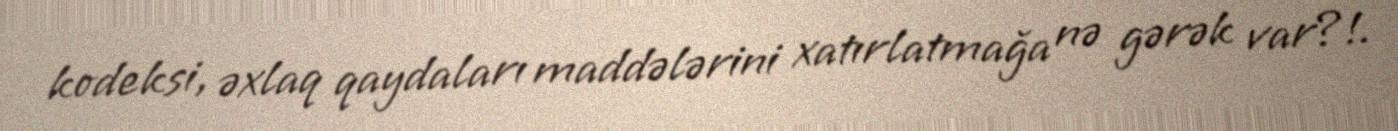
kodeksi, əxlaq qaydaları maddələrini xatırlatmağa nə gərək var?!.